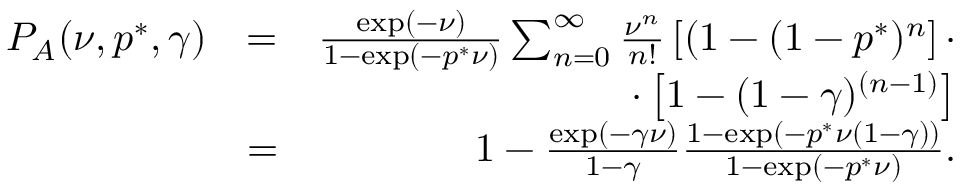
\begin{array} { r l r } { P _ { A } ( \nu , p ^ { * } , \gamma ) } & { = } & { \frac { \exp ( - \nu ) } { 1 - \exp ( - p ^ { * } \nu ) } \sum _ { n = 0 } ^ { \infty } \frac { \nu ^ { n } } { n ! } \left[ ( 1 - ( 1 - p ^ { * } ) ^ { n } \right] \cdot } \\ & { } & { \cdot \left[ 1 - ( 1 - \gamma ) ^ { ( n - 1 ) } \right] } \\ & { = } & { 1 - \frac { \exp ( - \gamma \nu ) } { 1 - \gamma } \frac { 1 - \exp ( - p ^ { * } \nu ( 1 - \gamma ) ) } { 1 - \exp ( - p ^ { * } \nu ) } . } \end{array}